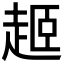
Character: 𬦎